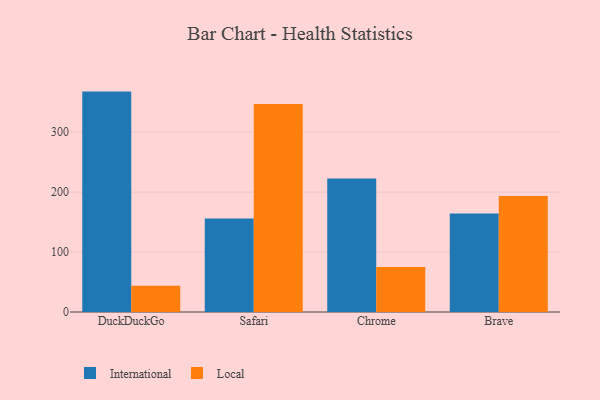
{"axis": {"x": "Browser", "y": "Net Income (USD K)"}, "legend": ["International", "Local"], "data": [{"x": "DuckDuckGo", "y": 367.8, "type": "International"}, {"x": "DuckDuckGo", "y": 43.8, "type": "Local"}, {"x": "Safari", "y": 156.2, "type": "International"}, {"x": "Safari", "y": 347.3, "type": "Local"}, {"x": "Chrome", "y": 222.8, "type": "International"}, {"x": "Chrome", "y": 75.1, "type": "Local"}, {"x": "Brave", "y": 164.5, "type": "International"}, {"x": "Brave", "y": 193.7, "type": "Local"}]}